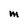
Character: M